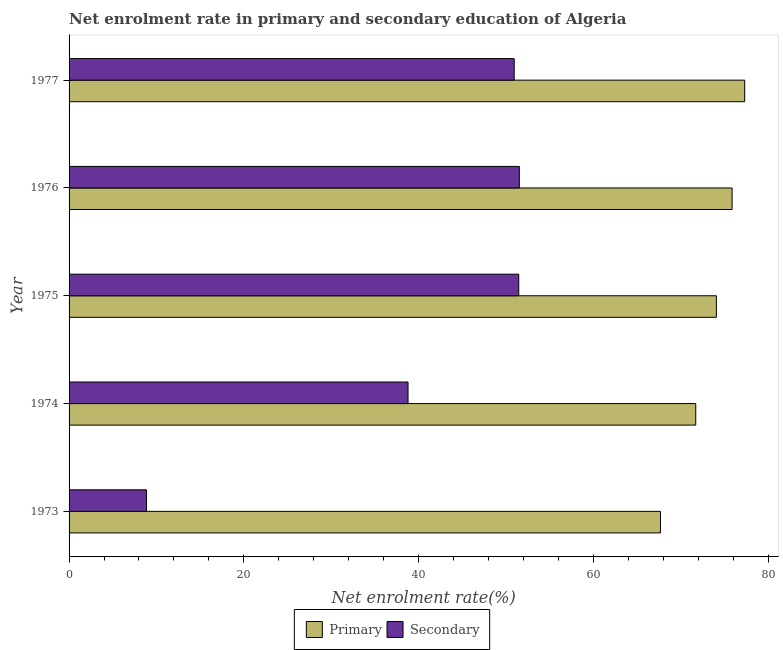
| Year | Primary | Secondary |
 | --- | --- | --- |
 | 1973 | 67.7 | 8.86 |
 | 1974 | 71.7 | 38.8 |
 | 1975 | 74.1 | 51.5 |
 | 1976 | 75.9 | 51.5 |
 | 1977 | 77.3 | 50.9 |